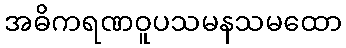
အဓိကရဏဝူပသမနသမထော